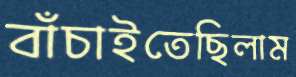
বাঁচাইতেছিলাম